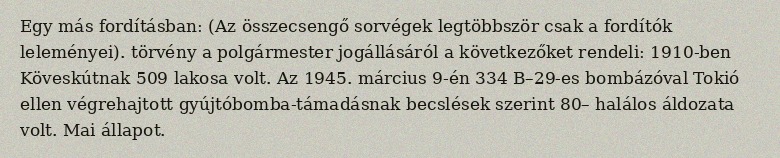
Egy más fordításban: (Az összecsengő sorvégek legtöbbször csak a fordítók leleményei). törvény a polgármester jogállásáról a következőket rendeli: 1910-ben Köveskútnak 509 lakosa volt. Az 1945. március 9-én 334 B–29-es bombázóval Tokió ellen végrehajtott gyújtóbomba-támadásnak becslések szerint 80– halálos áldozata volt. Mai állapot.